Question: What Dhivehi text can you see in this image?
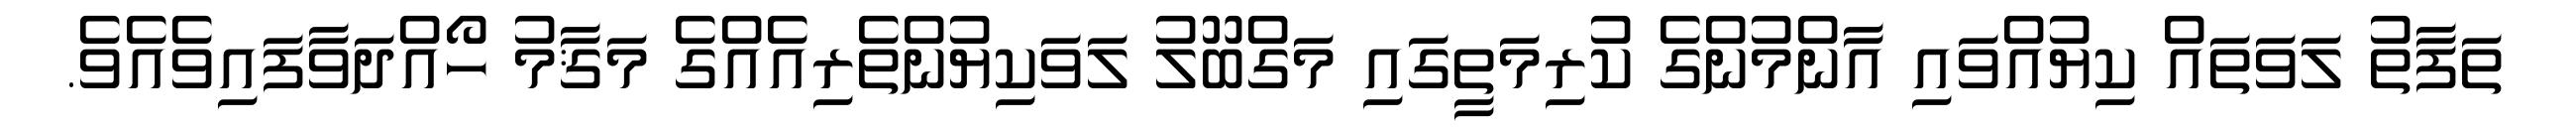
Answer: ތަފާތު ލަވަތައް ކިޔުއްވައި އާންމުންގެ ކުރިމަތީގައި މަގްބޫލު ލަވަކިޔުންތެރިއެއްގެ މަޤާމު ހޯއްދަވާފައިވެއެވެ.